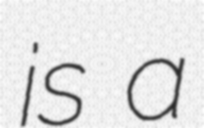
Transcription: is a